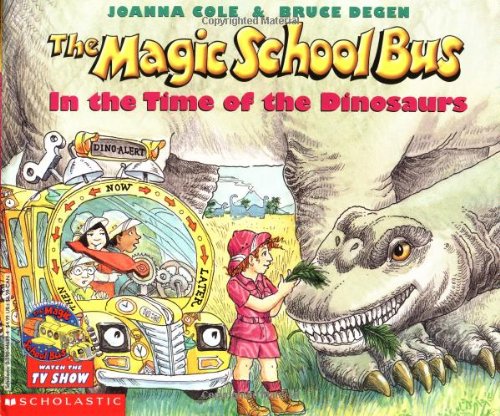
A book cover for The Magic School Bus in the Time of the Dinosaurs; Joanna Cole; Children's Books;